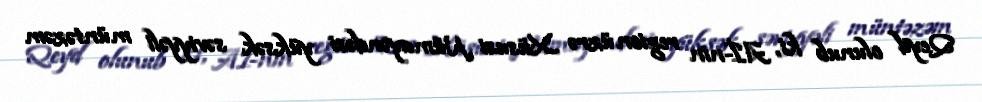
Qeyd olunub ki, Aİ-nin region üzrə Xüsusi Nümayəndəsi yüksək səviyyəli müntəzəm